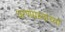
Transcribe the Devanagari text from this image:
धरणग्रस्तांच्या